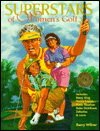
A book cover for Superstars of Women's Golf (Female Sports Stars); Barry Wilner; Children's Books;